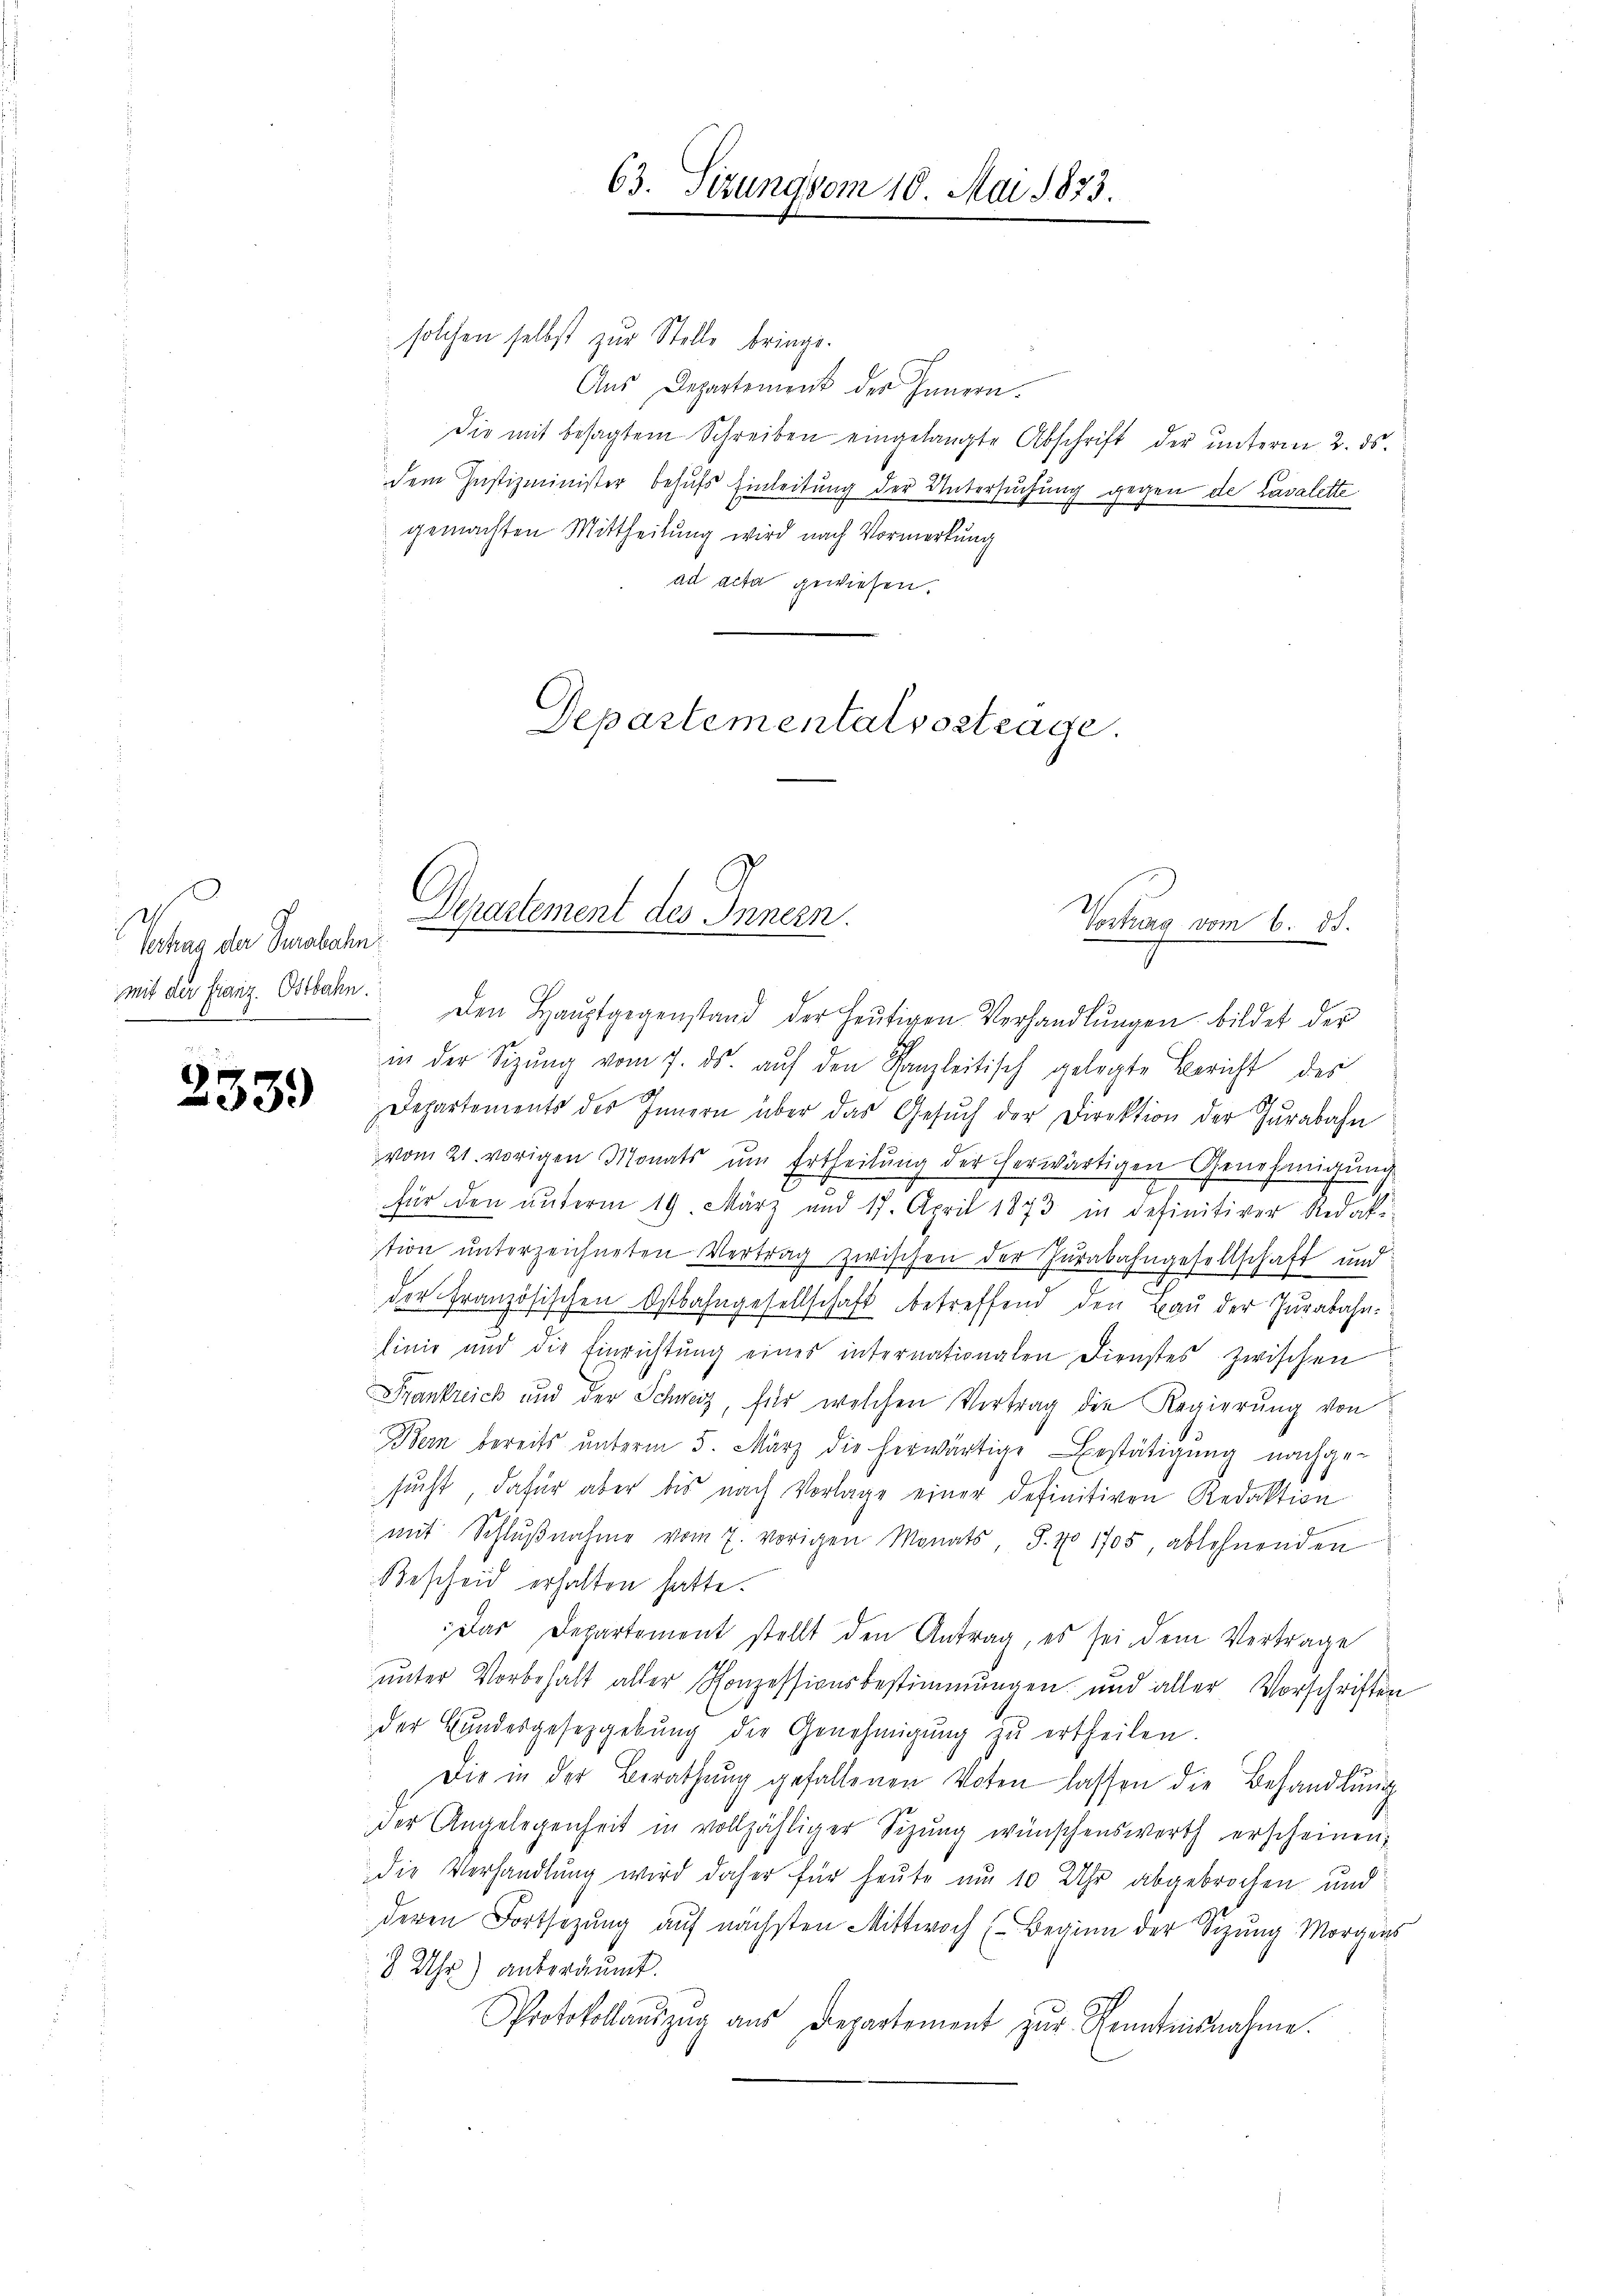
Vechan der Seebahn
mit der Franz. Ostbahn.
.

233.

solchen selbst zur Stelle bringe.
Aus Departement der Innern.
Die mit besagtem Schreiben eingelangte Abschrift der ŭnterm 2. ds.
dem Justizminister behufs Einleitung der Untersuchung gegen de Cavalette
gemachten Mittheilung wird nach Vormerkung
ad acta gewiesen.

Departement des Innern.

63. Sizung vom 10. Mai 1873.

Departemental vortrage.

Vochas vom 6. ds.
Den Haŭptgegenstand der heŭtigen Verhandlŭngen bildet der
in der Sitzŭng vom 7. ds. aŭf den Kanzleitisch gelegte Bericht des
Departements des Innern über das Gesŭch der Direktion der Jurabahn
vom 21. vorigen Monats ŭm Ertheilung der herwärtigen Genehmigung
für den unterm 19. März und 17. April 1873 in definitiver Redak-
tion unterzeichneten Vertrag zwischen der Jurabahngesellschaft und
der Französischen Ostbahngesellschaft betreffend den Bau der Jurabahnlinie und die Einrichtung eines internationalen Dienstes zwischen
Frankreich und der Schweiz, für welchen Vertrag die Regierung von
Bern bereits unterm 5. März die herwärtige Bestätigung nachge-
sucht, dafür aber bis nach Vorlage einer definitiven Redaktion
mit Schlŭβnahme vom 7. vorigen Monats, S. 70 1705, ablehnenden
Bescheid erhalten hatte.
Das Departement stellt den Antrag, es sei dem Vertrage
unter Vorbehalt aller Konzessionsbestimmungen und aller Vorschriften
der Hundesgesetzgebŭng die Genehmigŭng zŭ ertheilen.
Die in der Berathung gefallenen Voten lassen die Behandlung
der Angelegenheit in vollzähliger Sizŭng wünschenswerth erscheinen,
die Verhandlung wird daher für heute am 10 Uhr abgebrochen und
deren Fortsezung auf nächsten Mittwoch (Beginn der Sizung Morgens
8 Uhr) anberäumt.
Protokollauszug aus Departement zŭr Kenntnisnahme.